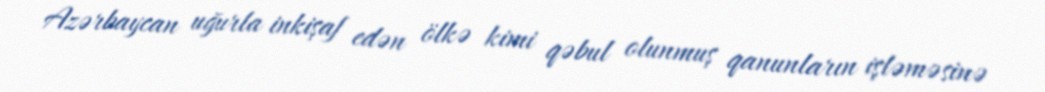
Azərbaycan uğurla inkişaf edən ölkə kimi qəbul olunmuş qanunların işləməsinə